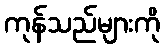
ကုန်သည်များကို